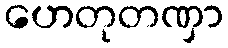
ဟေတုတဏှာ